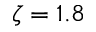
\zeta = 1 . 8